Vaccine operations Central Provinces & Berar 1912-1920 - 1912-1920
Year: 1912
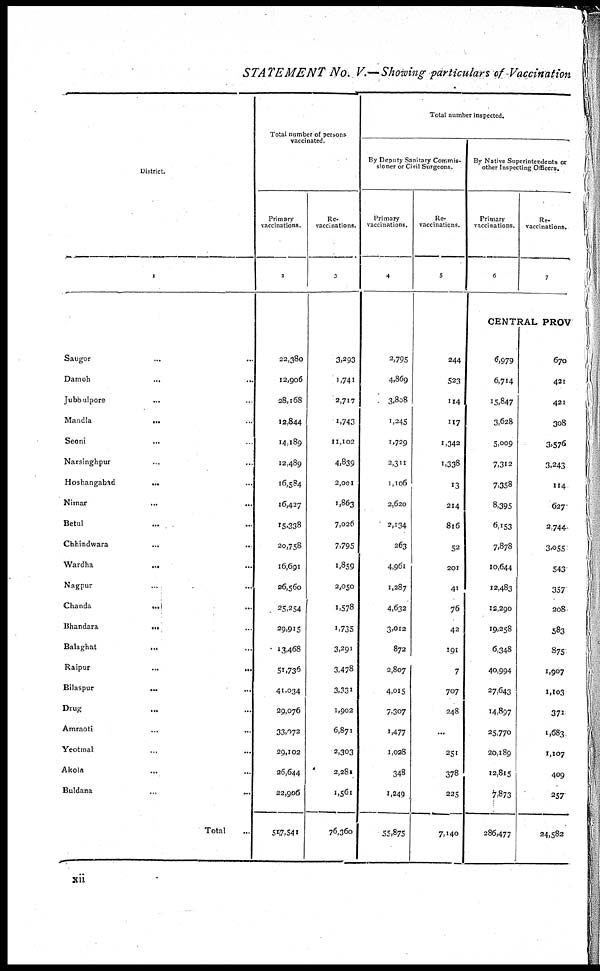
STATEMENT No. V.— Showing particulars of Vaccination
District.
1
Saugor ... ...
Damoh ... ...
Jubbulpore ... ...
Mandla
...
...
Seoni ... ...
Narsinghpur ... ...
Hoshangabad
...
...
Nimar
...
...
Betul ... ...
Chhindwara ...
Wardha ...
Nagpur ... ...
Chanda ... ...
Bhandara ... ...
Balaghat
...
Raipur ... ...
Bilaspur
...
Drug ...
Amraoti ...
Yeotmal ...
Akola ...
Buldana ...
Total ...
Total number of persons
vaccinated.
Primary
vaccinations.
2
22,380
12,906
28,168
12,844
14,189
12,489
16,584
16,427
15,338
20,758
16,691
26,560
25,254
29,915
13,468
51,736
41,034
29,076
33,072
29,102
26,644
22,906
517,541
Re-
vaccinations.
3
3,293
1,741
2,717
1,743
11,102
4,839
2,001
1,863
7,026
7,795
1,859
2,050
1,578
1,735
3,291
3,478
3,331
1,902
6,871
2,303
2,281
1,561
76,360
Total number inspected.
By Deputy Sanitary Commis-
sioner or Civil Surgeons.
Primary
vaccinations.
4
2,795
4,869
3,808
1,245
1,729
2,311
1,106
2,620
2,134
263
4,961
1,287
4,632
3,012
872
2,807
4,015
7,307
1,477
1,028
348
1,249
55,875
Re-
vaccinations.
5
244
523
114
117
1,342
1,338
13
214
816
52
201
41
76
42
191
7
707
248
...
251
378
225
7,140
By Native Superintendents or
other Inspecting Officers.
Primary
vaccinations.
6
Re-
vaccinations.
7
CENTRAL PROV
6,979
6,714
15,847
3,628
5,009
7,312
7,358
8,395
6,153
7,878
10,644
12,483
12,290
19,258
6,348
40,994
27,643
14,897
25,770
26,189
12,815
7,873
286,477
570
421
421
308
3,576
3,243
114
627
2,744
3,055
543
357
208
583
875
1,907
1,103
371
1,683
1,107
409
257
24,582
xii